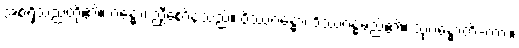
အစရှိသည်တို့၏။ ဂန္ဓော၊ ညှီစော်နံ့သည်။ ဝိဿဂန္ဓော၊ ဝိဿဂန္ဓမည်၏။ သုဂန္ဓောတိ-ကား။